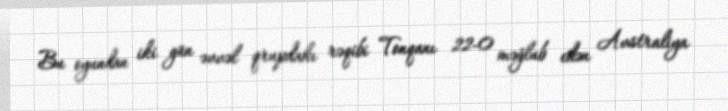
Bu oyundan iki gün əvvəl qrupdakı rəqibi Tonqanı 22-0 məğlub edən Avstraliya